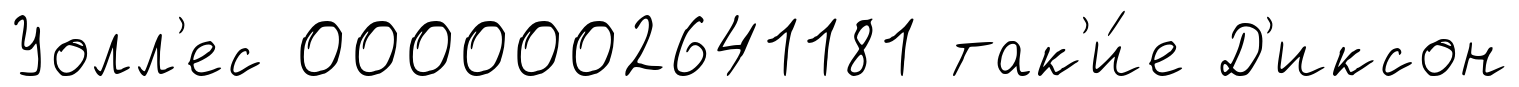
Уолл'ес 0000002641181 так'и́е Д'иксон